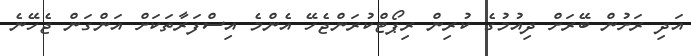
އަދި ރަށުން ބޭރަށް ދިއުމުގެ ކުރިން ރިޕޯޓްކުރަންޖެހޭ އެންމެ އިސްފަރާތަކަށް އަންގަން ޖެހޭނެ